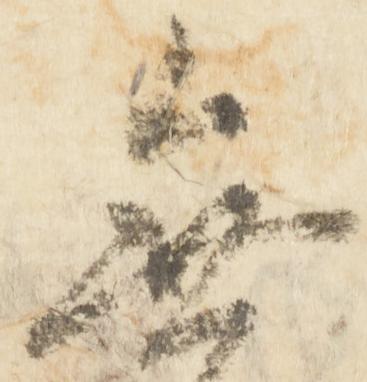
無